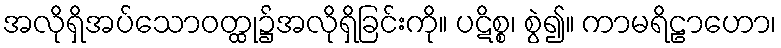
အလိုရှိအပ်သောဝတ္ထု၌အလိုရှိခြင်းကို။ ပဋိစ္စ၊ စွဲ၍။ ကာမရိဠာဟော၊